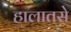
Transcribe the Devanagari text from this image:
हालातसे